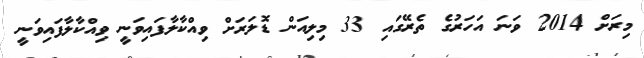
މިރަށް 2014 ވަނަ އަހަރުގެ ތެރޭގައި 33 މިލިއަން ޑޮލަރަށް ވިއްކާލާފައިވަނީ ވިއްކާލާފައިވަނީ